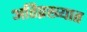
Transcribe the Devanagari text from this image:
अतिप्रख्यात